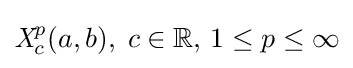
{\textit {X}}_{c}^{p}(a,b),\;c\in \mathbb {R} ,\,1\leq p\leq \infty